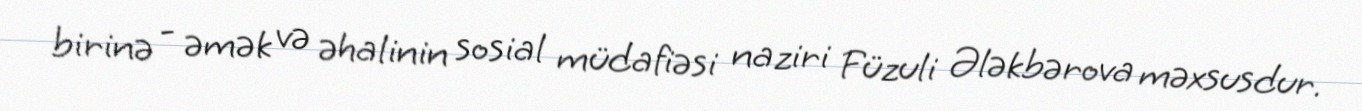
birinə - əmək və əhalinin sosial müdafiəsi naziri Füzuli Ələkbərova məxsusdur.